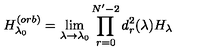
H _ { \lambda _ { 0 } } ^ { ( o r b ) } = \lim _ { \lambda \rightarrow \lambda _ { 0 } } \prod _ { r = 0 } ^ { N ^ { \prime } - 2 } d _ { r } ^ { 2 } ( \lambda ) H _ { \lambda }